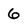
Character: 6